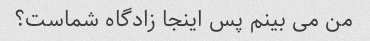
من می بینم پس اینجا زادگاه شماست؟